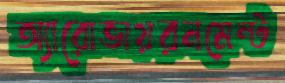
অ্যারোভায়রনমেন্ট